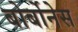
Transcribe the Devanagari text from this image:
बोर्बोनेस